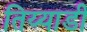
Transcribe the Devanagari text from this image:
तिय्याडी